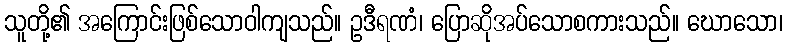
သူတို့၏ အကြောင်းဖြစ်သောဝါကျသည်။ ဥဒီရဏံ၊ ပြောဆိုအပ်သောစကားသည်။ ဃောသော၊